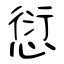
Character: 愆